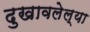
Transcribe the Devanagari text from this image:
दुखावलेल्या